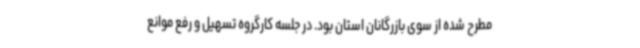
مطرح شده از سوی بازرگانان استان بود. در جلسه کارگروه تسهیل و رفع موانع